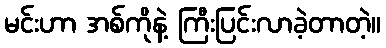
မင်းဟာ အစ်ကိုနဲ့ ကြီးပြင်းလာခဲ့တာတဲ့။